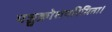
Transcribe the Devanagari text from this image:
पञ्चक्रोशपरिमिता।